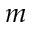
m